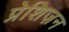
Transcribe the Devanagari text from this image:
प्रेशिज़न